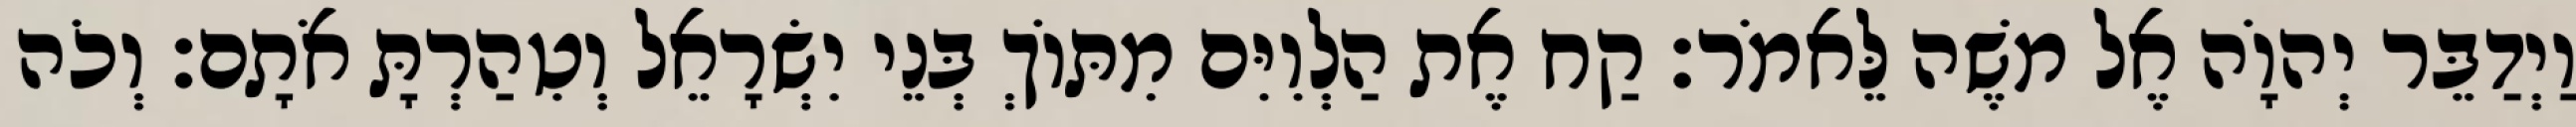
וַיְדַבֵּר יְהוָֹה אֶל משֶׁה לֵּאמֹר׃ קַח אֶת הַלְוִיִּם מִתּוֹךְ בְּנֵי יִשְׂרָאֵל וְטִהַרְתָּ אֹתָם׃ וְכֹה